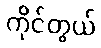
ကိုင်တွယ်